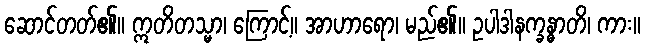
ဆောင်တတ်၏။ ဣတိတသ္မာ၊ ကြောင့်။ အာဟာရော၊ မည်၏။ ဥပါဒါနက္ခန္ဓာတိ၊ ကား။